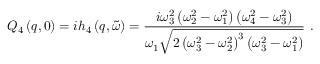
Q _ { 4 } \left( q , 0 \right) = i h _ { 4 } \left( q , \tilde { \omega } \right) = \frac { i \omega _ { 3 } ^ { 2 } \left( \omega _ { 2 } ^ { 2 } - \omega _ { 1 } ^ { 2 } \right) \left( \omega _ { 4 } ^ { 2 } - \omega _ { 3 } ^ { 2 } \right) } { \omega _ { 1 } \sqrt { 2 \left( \omega _ { 3 } ^ { 2 } - \omega _ { 2 } ^ { 2 } \right) ^ { 3 } \left( \omega _ { 3 } ^ { 2 } - \omega _ { 1 } ^ { 2 } \right) } } \ .